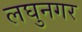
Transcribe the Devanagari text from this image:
लघुनगर